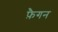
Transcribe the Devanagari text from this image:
फ़ैगन